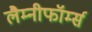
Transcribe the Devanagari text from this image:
लैम्नीफॉर्म्स